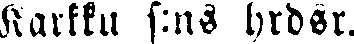
Karkku s:ns hrdsr.